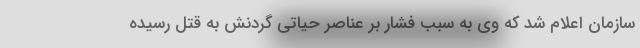
سازمان اعلام شد که وی به سبب فشار بر عناصر حیاتی گردنش به قتل رسیده